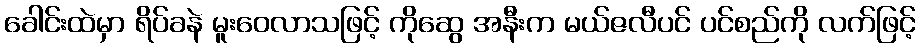
ခေါင်းထဲမှာ ရိပ်ခနဲ မူးဝေလာသဖြင့် ကိုဆွေ အနီးက မယ်ဇလီပင် ပင်စည်ကို လက်ဖြင့်